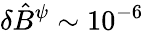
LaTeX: \delta\hat{B}^{\psi}\sim 10^{-6}